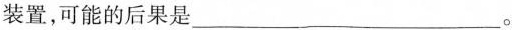
装置，可能的后果是___。